Annual report on the lock hospitals of the Madras Presidency
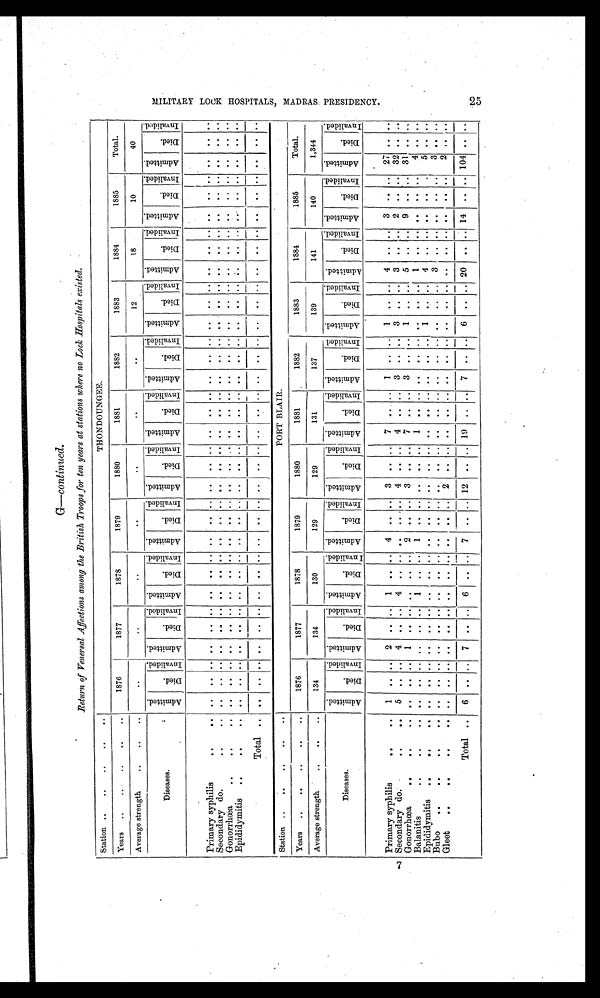
G-continued.
Return of Venereal Affections among the British Troops for ten years at stations where no Loch Hospitats existed.
Station .. .. .. ..
. .
THONDOUNGEE.
Years
.. .. ..
1876
1877
1878
1879
1880
1881
1882
1883
1884
1885
Total.
Average strength .. .. ..
. .
. .
. .
. .
. .
. .
. .
12
18
10
40
Diseases.
A d m i t t e d . D i e d .
I n v a l i d e d .
A d m i t t e d .
D i e d . I n v a l i d e d . A d m i t t e d . D i e d .
I n v a l i d e d . A d m i t t e d .
D i e d .
I n v a l i d e d . A d m i t t e d .
D i e d .
I n v a l i d e d . A d m i t t e d .
D i e d .
I n v a l i d e d . A d m i t t e d .
D i e d .
I n v a l i d e d . A d m i t t e d
.
D i e d .
I n v a l i d e d . A d m i t t e d .
D i e d .
I n v a l i d e d . A d m i t t e d .
D i e d .
I n v a l i d e d . A d m i t t e d .
D o i e d .
I n v a l i d e d .
Primary syphilis
..
. . . . . . . . . . . . .. . . . . . . . .
. . . . .. . . . . . . . . .. . . . . . . . . . . . . . .
. . . . . . . . . . . . . . . .
Secondary.do ..
. . . . . . . . . . . . .. . . . . . . . . . . . . . . . . . . . . . . .. . . . . . . . . . . . . . . . . . . . . . . . . . . . . . .
Gonorrhoea
..
..
. . . . . . . . . . . . .. . . . . . . . . . . . . . . . . . . . . . . .. . . . . . . . . . . . . . . . . . . . . . . . . . . . . . . . . . . .
Epididymitis ..
..
. . . . . . . . . . .. . . . . . . . . . . . . . . . . . .
. . . . .. . . . . . . . . . . . . . . . . . . . . . . . . . . . . . .
Total .. .. .. . . . . . . .. . . . . . . . . . . . . . . . . . . . . . . .. . . . . . . . . . . . . . . . . . . . . . .
. . . . . . . .
Station .. .. .. ..
PORT BLAIR.
Years .. .. .. .. ..
1876
1877
1878
1879
1880
1881
1882
1883
1884
1885
Total.
Average strength ..
..
134
134
130
129
129
131
137
139
141
140
1,344
Diseases.
A d m i t t e d .
D i e d .
I n v a s l i d e d .
A d m i t t e d .
D i e d .
I n v a l i d s e d . A d m i t t e d .
D i e d .
I n v a l i d e d .
A d m i t t e d .
D i e d .
I n v a l i d e d . Ad mi t t e d .
D i e d .
I n v a s l i d e d . A d m i t t e d .
D i e d .
I n v a l i d e d . A d m i t t d e d .
D i e d .
I n v a l i d e d . A d m i t t e d .
D i e d .
I n v a l i d e d . A d m i t t e d .
D i e d .
I n v a l i d e d . A d m i t t e d .
D i e 3 d .
I n v a l i d e d . A d m i t t e d
D i e d .
I N v a l i d e d .
Primary syphilis
..
. . 1 . . . . 2 . . .. 1 . . . . 4
. . . . 3 . . . . 7 . . .. 1 . . . . 1 . . . . 4 . . . . 3 .. . . 27 . . . .
Secondary.do .. ..
. . 5 . . . . 4 . . .. 4 . . . . . . .. . . 4 . . . . 4 .. .. 3 . . . . 3 . . . . 3 . . . . 2 . . . . 32 . . . .
Gonorrhea
..
..
. . . . . . . . 1
. . ..
. . . . . . 2
. . . . 3 . . . . 7
. . .. 3 . . . . 1 .. .. 5 . . . . 9 . . . . 31 . . . .
Balanitis
..
..
. . . . . . . . . . . . ..
. . . . • . . 1
. . . . . . . . . . 1 . . .. . . . . . . . .
. . . . 1 . . . . . .
. . . . 4 . . . . .
Epididymitis ..
..
. . . . . . . . . . . . .. .. . . . . . . . . . . . . . . . . . . . . ..
. . . . . . 1
. . . . . . 4 . . . . . . . . . . 5 . . . .
Bubo ..
..
..
. . . . . . . . . . . . .. . . . . . . . . . . . . . . . . . . . . . . .. . . . . . . . .
. . . . 3 . . . . . . . . . .
3 . . . .
Gleet ..
..
..
. . . . . . . . . . . . .. . . . . . . .
. . . . 2 . . . . . . . . .. . . . . . . . . .
. . . . . . . . . . . . . . . . 2 . . . .
Total .. 6 .. .. 7 . . .. 6 . . . . 7
. . . . 12 . . . . 19 . . •.. . . 7 . . . . 6 . . . . 20 . . . . 14 . . . . 104 .. ..
M I L I T A R Y L O K H O S P I T A L S , M A D R A S P R E S I D E N c y